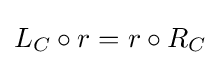
L_{C}\circ r=r\circ R_{C}